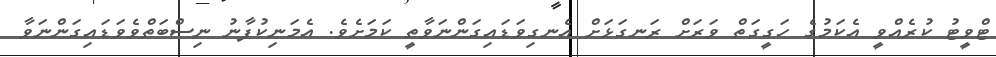
ޓްވީޓު ކުރެއްވީ އެކަމުގެ ހަގީގަތް ވަރަށް ރަނގަޅަށް އެނގިވަޑައިގަންނަވާތީ ކަމަށެވެ. އެމަނިކުފާނު ނިސްބަތްވެވަޑައިގަންނަވާ